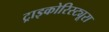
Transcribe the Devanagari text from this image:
ट्राइकोरिस्ट्यूरा